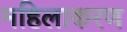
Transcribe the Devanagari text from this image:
महिलाकरण